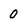
Character: 0